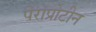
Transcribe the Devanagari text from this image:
पेराप्रोटीन